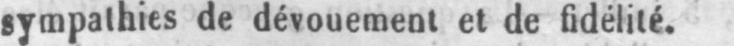
sympathies de dévouement et de fidélité.